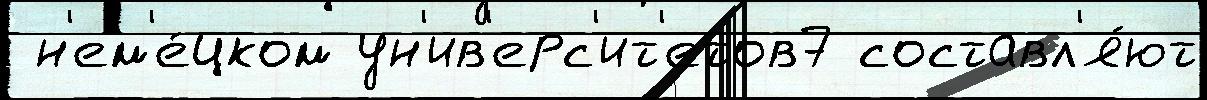
 н'ем'е́цком ун'ив'ерс'ит'етов7 составл'я́ют